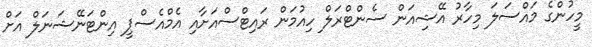
މީހުންގެ މައްސަލަ މިހާރު އޭޝިއަން ސެންޓްރަލް ހިއުމަން ރައިޓްސްއަށާއި އެމްއެސްޕީ އިންޓަނޭޝަނަލް އަށް